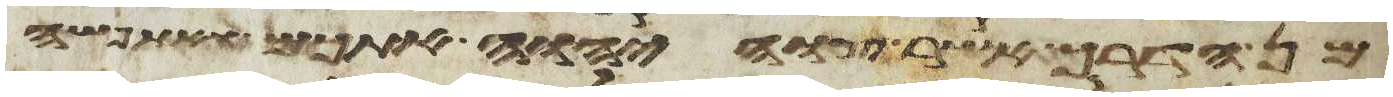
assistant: מן הדרך אשר צוה יהוה אתכם ואתפשה